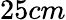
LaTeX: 25cm